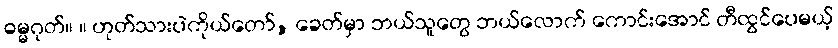
ဓမ္မဂုတ်။ ။ ဟုတ်သားပဲကိုယ်တော်, ခေတ်မှာ ဘယ်သူတွေ ဘယ်လောက် ကောင်းအောင် တီထွင်ပေမယ့်